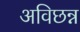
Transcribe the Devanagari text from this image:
अविछन्न